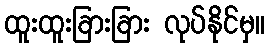
ထူးထူးခြားခြား လုပ်နိုင်မှ။